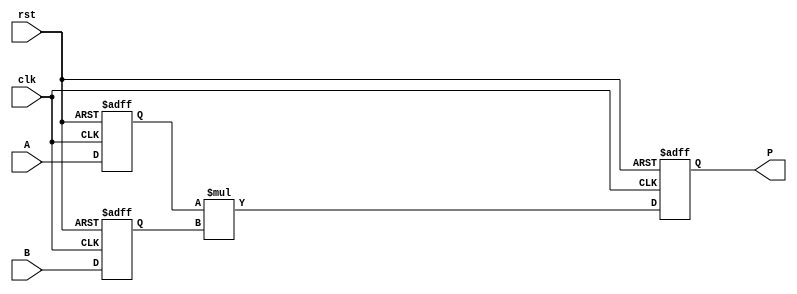
module VerilogMultiplier (
    input wire clk,
    input wire rst,
    input signed [31:0] A,
    input signed [31:0] B,
    output signed [63:0] P
);

reg signed [31:0] A_reg;
reg signed [31:0] B_reg;
reg signed [63:0] P_reg;

always @(posedge clk or posedge rst) begin
    if (rst) begin
        A_reg <= 0;
        B_reg <= 0;
        P_reg <= 0;
    end else begin
        A_reg <= A;
        B_reg <= B;
        P_reg <= A_reg * B_reg;
    end
end

assign P = P_reg;

endmodule